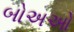
બોઅઓ